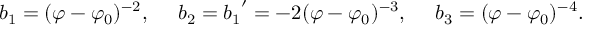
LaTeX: b _ { 1 } = ( \varphi - \varphi _ { 0 } ) ^ { - 2 } , \ \ \ \ b _ { 2 } = { b _ { 1 } } ^ { \prime } = - 2 ( \varphi - \varphi _ { 0 } ) ^ { - 3 } , \ \ \ \ b _ { 3 } = ( \varphi - \varphi _ { 0 } ) ^ { - 4 } .